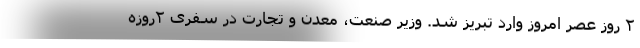
۲ روز عصر امروز وارد تبریز شد. وزیر صنعت، معدن و تجارت در سفری ۲روزه